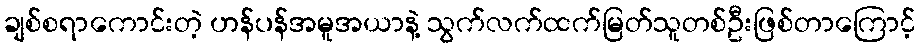
ချစ်စရာကောင်းတဲ့ ဟန်ပန်အမူအယာနဲ့ သွက်လက်ထက်မြတ်သူတစ်ဦးဖြစ်တာကြောင့်